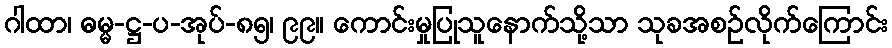
ဂါထာ၊ ဓမ္မ-ဋ္ဌ-ပ-အုပ်-၈၅၊ ၉၉။ ကောင်းမှုပြုသူနောက်သို့သာ သုခအစဉ်လိုက်ကြောင်း